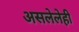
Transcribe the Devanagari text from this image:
असलेलेही